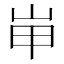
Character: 𱛖